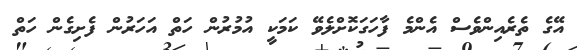
އޭގެ ތެރެއިންވެސް އެންމެ ފާހަގަކޮށްލެވޭ ކަމަކީ އުމުރުން ހަތް އަހަރުން ފެށިގެން ހަތް